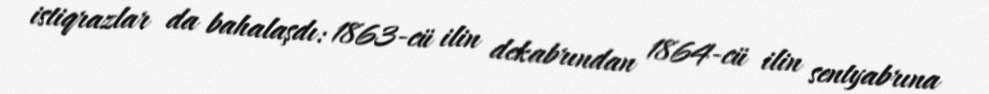
istiqrazlar da bahalaşdı: 1863-cü ilin dekabrından 1864-cü ilin sentyabrına